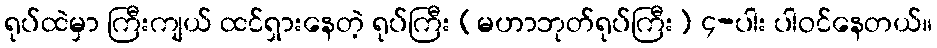
ရုပ်ထဲမှာ ကြီးကျယ် ထင်ရှားနေတဲ့ ရုပ်ကြီး (မဟာဘုတ်ရုပ်ကြီး) ၄-ပါး ပါဝင်နေတယ်။